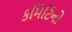
કમિટિનો